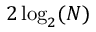
2 \log _ { 2 } ( N )